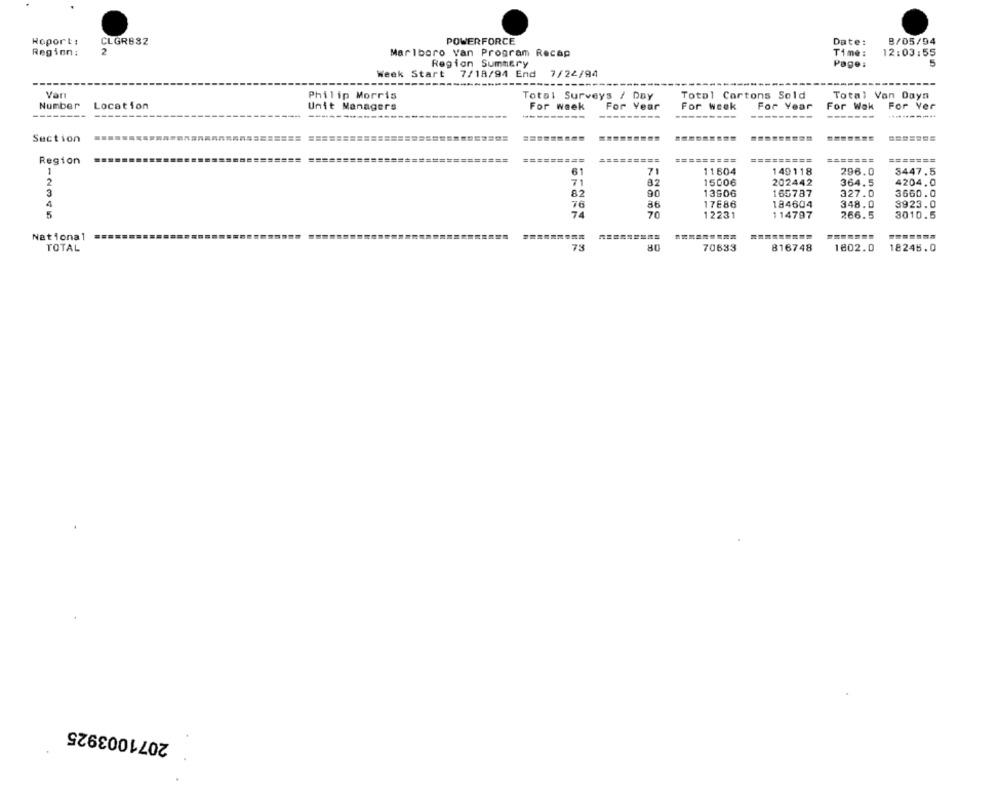
Hoport:
CLGR832
POWERFORCE
Date:
8/05/94
Region:
2
Marlboro Van Program Recap
Time:
12:03:55
Region Summery
Page:
5
Week Start
7/18/94 End 7/22/94
Van
Philip Morris
Total Surveys / Day
Total Cartons Sold
Total Van Daya
Number Location
Unit Managers
For week
For Year
For Week
For Year
For Wok
For Yer
---------
---------
----------
Section
=======
=========
=========
=========
=======
Region
61
71
11604
149118
296.0
3447.5
2
71
82
15006
202442
364.5
4204.0
90
13606
165787
327.0
3660.0
76
86
17686
184604
348.0
9923.0
5
74
70
12231
114797
266.5
3010.5
National
=========
73
TOTAL
80
70633
816748
1802.0
18245.0
2071003925